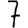
Digit: 7